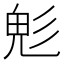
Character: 𩲆